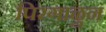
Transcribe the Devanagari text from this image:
पिरगाळुन